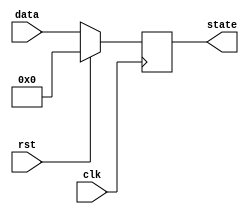
module synchronous_reset_example (
    input wire clk,         // Clock signal
    input wire rst,         // Synchronous Reset (active high)
    input wire [3:0] data,  // Example additional input
    output reg [3:0] state  // State/output signal
);

    // Define the reset state
    localparam RESET_STATE = 4'b0000; // Example reset state

    // Always block sensitive to the rising edge of the clock
    always @(posedge clk) begin
        if (rst) begin
            // Synchronous reset: set state to predefined reset state
            state <= RESET_STATE;
        end else begin
            // Normal operation: update state based on input (example logic)
            state <= data; // Example: state takes the value of data
        end
    end

endmodule